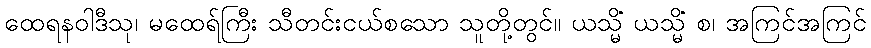
ထေရနဝါဒီသု၊ မထေရ်ကြီး သီတင်းငယ်စသော သူတို့တွင်။ ယသ္မိံ ယသ္မိံ စ၊ အကြင်အကြင်